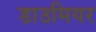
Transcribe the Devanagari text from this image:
डाउमियर